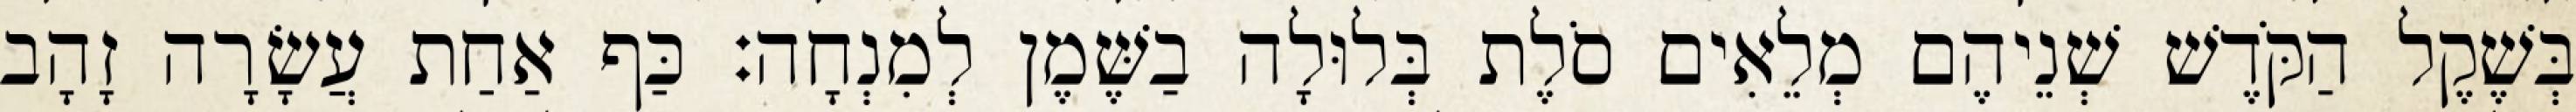
בְּשֶׁקֶל הַקֹּדֶשׁ שְׁנֵיהֶם מְלֵאִים סֹלֶת בְּלוּלָה בַשֶּׁמֶן לְמִנְחָה׃ כַּף אַחַת עֲשָׂרָה זָהָב